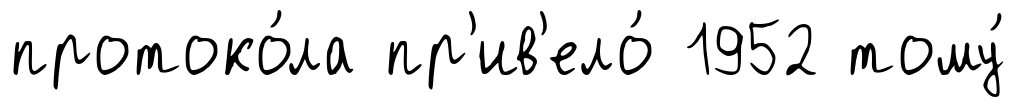
протоко́ла пр'ив'ело́ 1952 тому́